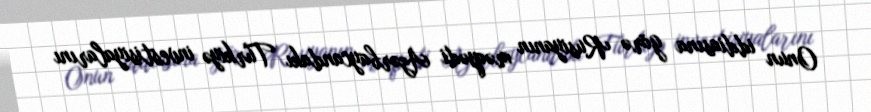
Onun iddiasına görə Rusiyanın məqsədi Azərbaycandakı Türkiyə investisiyalarını